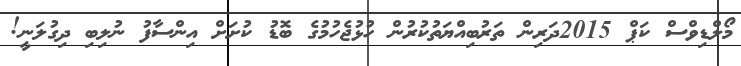
މޯލްޑިވްސް ކަޕް 2015ދަރިން ތަރުބިއްޔަތުކުރުން ހުޅުޖެހުމުގެ ބޮޑު ކުށަށް އިންސާފު ނުލިބި ދިގުލަނީ!